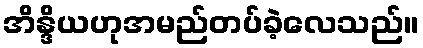
အိန္ဒိယဟုအမည်တပ်ခဲ့လေသည်။